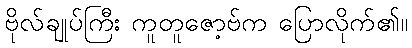
ဗိုလ်ချုပ်ကြီး ကူတူဇော့ဗ်က ပြောလိုက်၏။